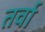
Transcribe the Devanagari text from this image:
तर्वा